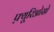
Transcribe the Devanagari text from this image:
फ़्यूरिओसो